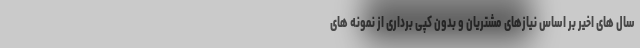
سال های اخیر بر اساس نیازهای مشتریان و بدون کپی برداری از نمونه های